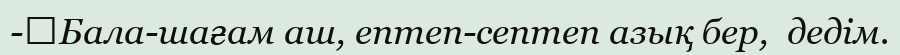
-	Бала-шағам аш, ептеп-септеп азық бер,  дедім.